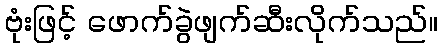
ဗုံးဖြင့် ဖောက်ခွဲဖျက်ဆီးလိုက်သည်။